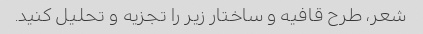
شعر، طرح قافیه و ساختار زیر را تجزیه و تحلیل کنید.